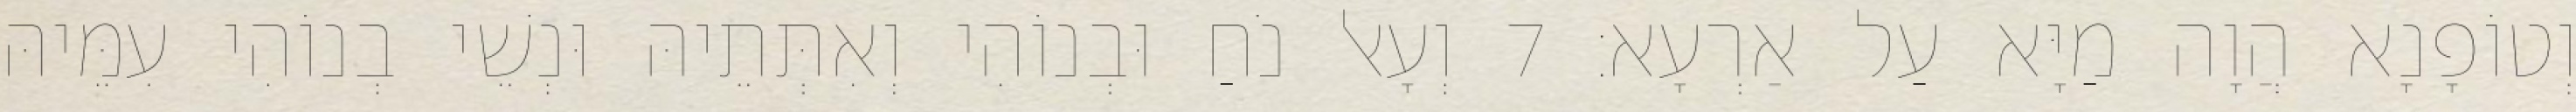
וְטוֹפָנָא הֲוָה מַיָּא עַל אַרְעָא׃ 7 וְעָאל נֹחַ וּבְנוֹהִי וְאִתְּתֵיהּ וּנְשֵׁי בְנוֹהִי עִמֵּיהּ